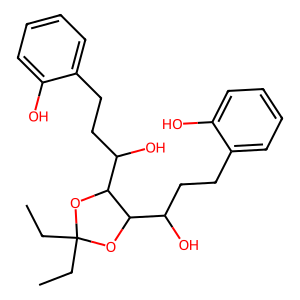
SMILES: CCC1(CC)OC(C(O)CCc2ccccc2O)C(C(O)CCc2ccccc2O)O1
Inhibits HIV replication: No